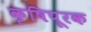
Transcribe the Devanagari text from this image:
कृषिपूरक